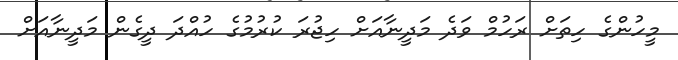
މީހުންގެ ހިތަށް ރަހުމް ވަދެ މަދީނާއަށް ހިޖުރަ ކުރުމުގެ ހުއްދަ ދީގެން މަދީނާއަށް